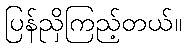
ပြန်ညှိကြည့်တယ်။